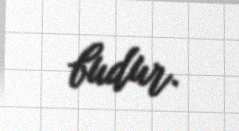
budur.